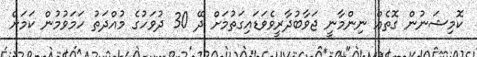
ކޮމިޝަނުން ގޮތެއް ނިންމާނީ ޖަވާބުދާރީވެވަޑައިގަތުމަށް ދޭ 30 ދުވަހުގެ މުއްދަތު ހަމަވުމުން ކަމަށް